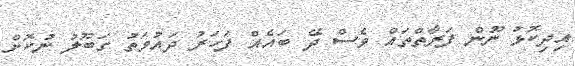
އިދިކޮޅު ނޫން ފަރާތްތައް ވެސް ދޭ ބައެއް ފަހަރު ދައުވަތު ގަބޫލު ނުކޮށް